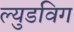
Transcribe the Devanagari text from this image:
ल्युडविग